Statistics compiled by the Government of India from the reports of provincial Civil Veterinary Departments
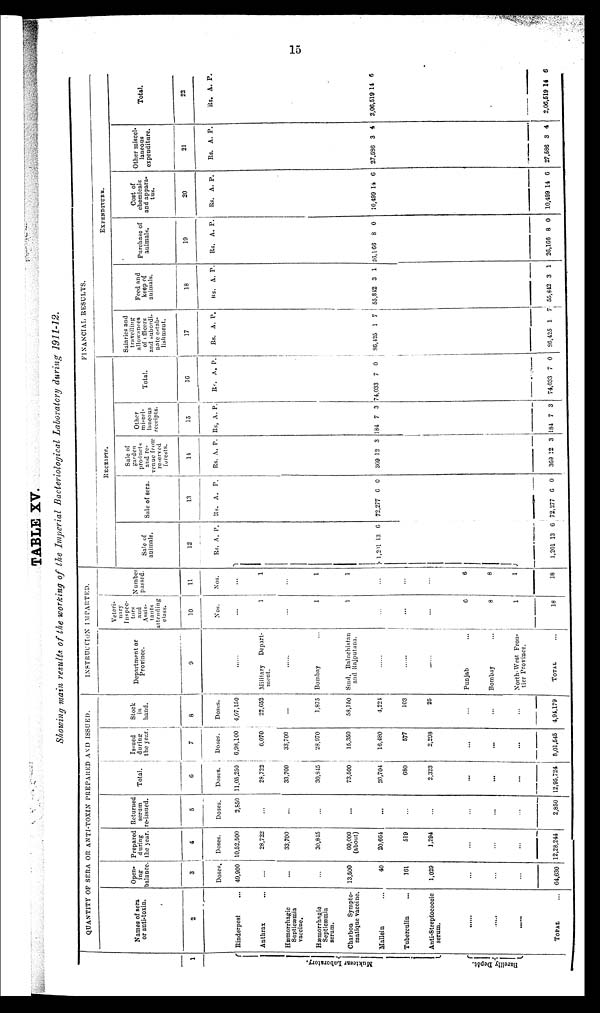
15
TABLE XV.
Showing main results of the working of the Imperial Bacteriological Laboratory during
1911-12.
1
Mukt e s a r La bor a t
or y.
Bareilly Depôt.
QUANTITY OF SERA OR ANTI-TOXIN PREPARED AND ISSUED.
Names of sera
or anti-toxin.
2
Rinderpest ...
Anthrax ...
Hæmorrhagic
Septicæmia
vaccine.
Hæmorrhagic
Septicæmia
serum.
Charbon Sympto¬
matique vaccine.
Mallein ...
Tuberculin ...
Anti-Streptococcic
serum.
......
......
......
TOTAL ...
Open-
ing
balance
3
Doses.
49,900
...
...
...
13,500
40
161
1,029
...
...
...
64,630
Prepared
during
the year.
4
Doses.
10,52,500
28,722
33,700
30,845
60,000
(about)
20,664
519
1,294
...
...
...
12,28,244
Returned
serum
re-issued.
5
Doses.
2,850
...
...
...
...
...
...
...
...
...
...
2,850
Total.
6
Doses.
11,05,250
28,722
33,700
30,845
73,500
20,704
680
2,323
...
...
...
12,95,724
Issued
during
the year
7
Doses.
6,98,100
6,070
33,700
28,970
15,350
16,480
577
2,298
...
...
...
8,01,545
Stock
in
hand.
8
Doses.
4,67,150
22,652
...
1,875
58,150
4,224
103
25
4,94,179
INSTRUCTION IMPARTED.
Department or
Province.
9
......
Military
Depart-
ment.
...
Bombay ...
Sind, Baluchistan
and Rajputana.
......
......
......
Punjab
...
Bombay
...
North-West Fron-
tier Province.
TOTAL ...
Veteri-
nary
Inspec-
tors
and
Assis-
tants
attending
class.
10
Nos.
...
1
...
1
1
...
...
...
6
8
1
18
Number
passed.
11
Nos.
...
1
...
1
1
...
...
...
6
8
1
18
FINANCIAL RESULTS.
RECEIPTS.
Sale of
animals.
12
Rs.
1,201
1,201
A.
13
13
P.
6
6
Sale of sera.
13
Rs.
72,277
72,277
A.
6
6
P.
0
0
Sale of
garden
products
and re-
venue from
resered
forests.
14
Rs.
369
369
A.
12
12
P.
3
3
Other
miscel
laneous
receipts.
15
Rs,
184
184
A.
7
7
P.
3
3
Total.
16
Rs.
74,033
74,033
A.
7
7
P.
0
0
EXPEDITURE.
Salarie and
travelling
allowances
of officers
and subordi
nate estab-
lishment.
17
Rs.
86,425
86,425
A.
1
1
P.
7
7
Feed and
keep of
animals.
18
Rs.
55,842
55,842
A.
3
3
P.
1
1
Purchase of
animals.
19
Rs.
26,166
26,166
A.
8
8
P.
0
0
Cost of
chemicals
and appara
tus.
20
Rs.
10,499
10,499
A.
14
14
P.
6
6
Other miscel-
laneous
expenditure.
21
Rs.
27,586
27,586
A.
3
3
P.
4
4
Total.
22
Rs.
2,06,519
2,06,519
A.
14
14
P.
6
6